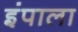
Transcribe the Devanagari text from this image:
इंपाला